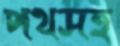
পথসহ